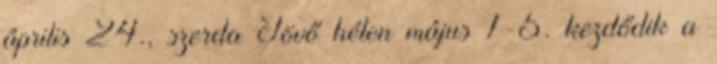
április 24., szerda Jövő héten május 1-5. kezdődik a